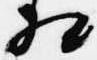
相